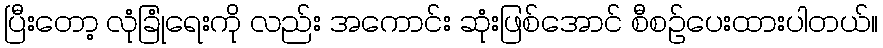
ပြီးတော့ လုံခြုံရေးကို လည်း အကောင်း ဆုံးဖြစ်အောင် စီစဉ်ပေးထားပါတယ်။